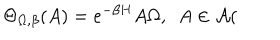
LaTeX: \Theta _ { \Omega , \beta } ( A ) = e ^ { - \beta H } A \Omega , \, \, \, A \in \mathcal { A } (